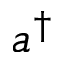
a ^ { \dagger }